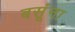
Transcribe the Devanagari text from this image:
बसूंना